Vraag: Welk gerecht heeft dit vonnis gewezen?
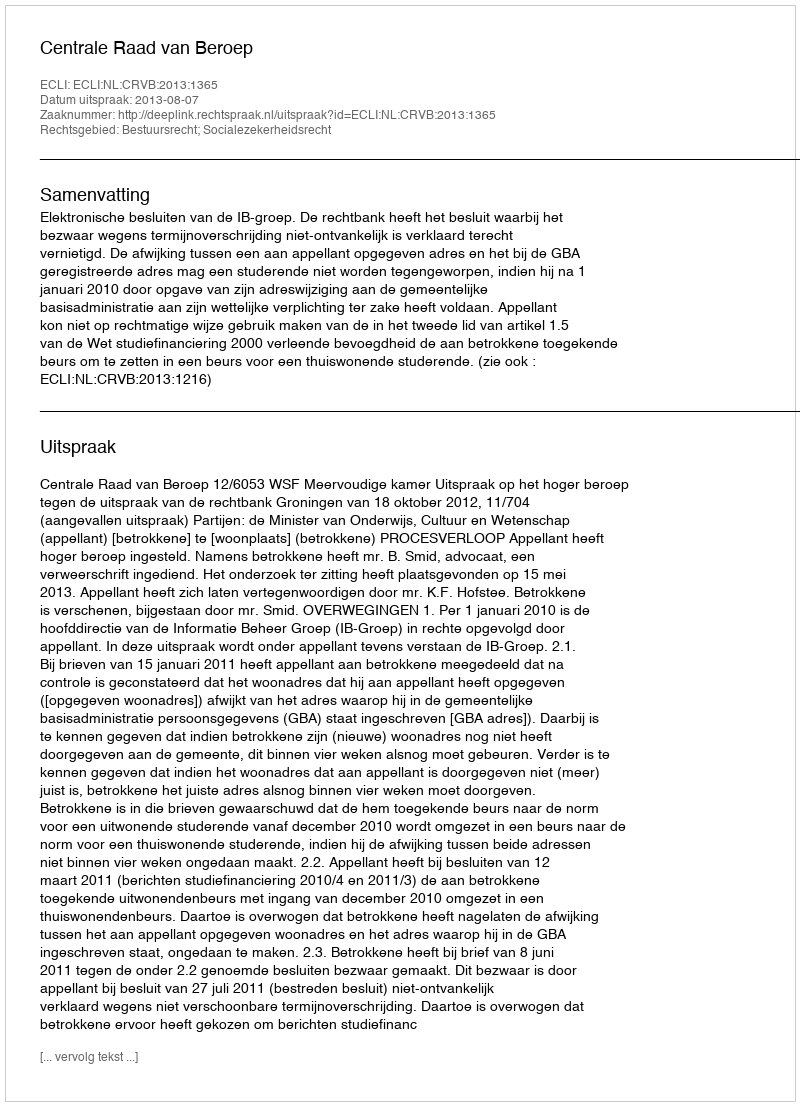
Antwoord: Centrale Raad van Beroep